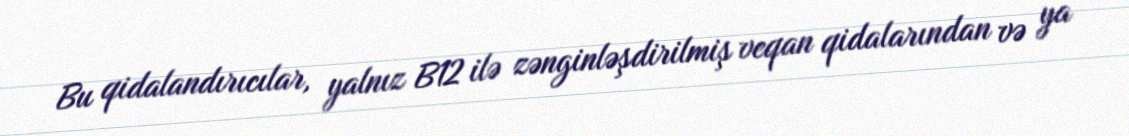
Bu qidalandırıcılar, yalnız B12 ilə zənginləşdirilmiş veqan qidalarından və ya